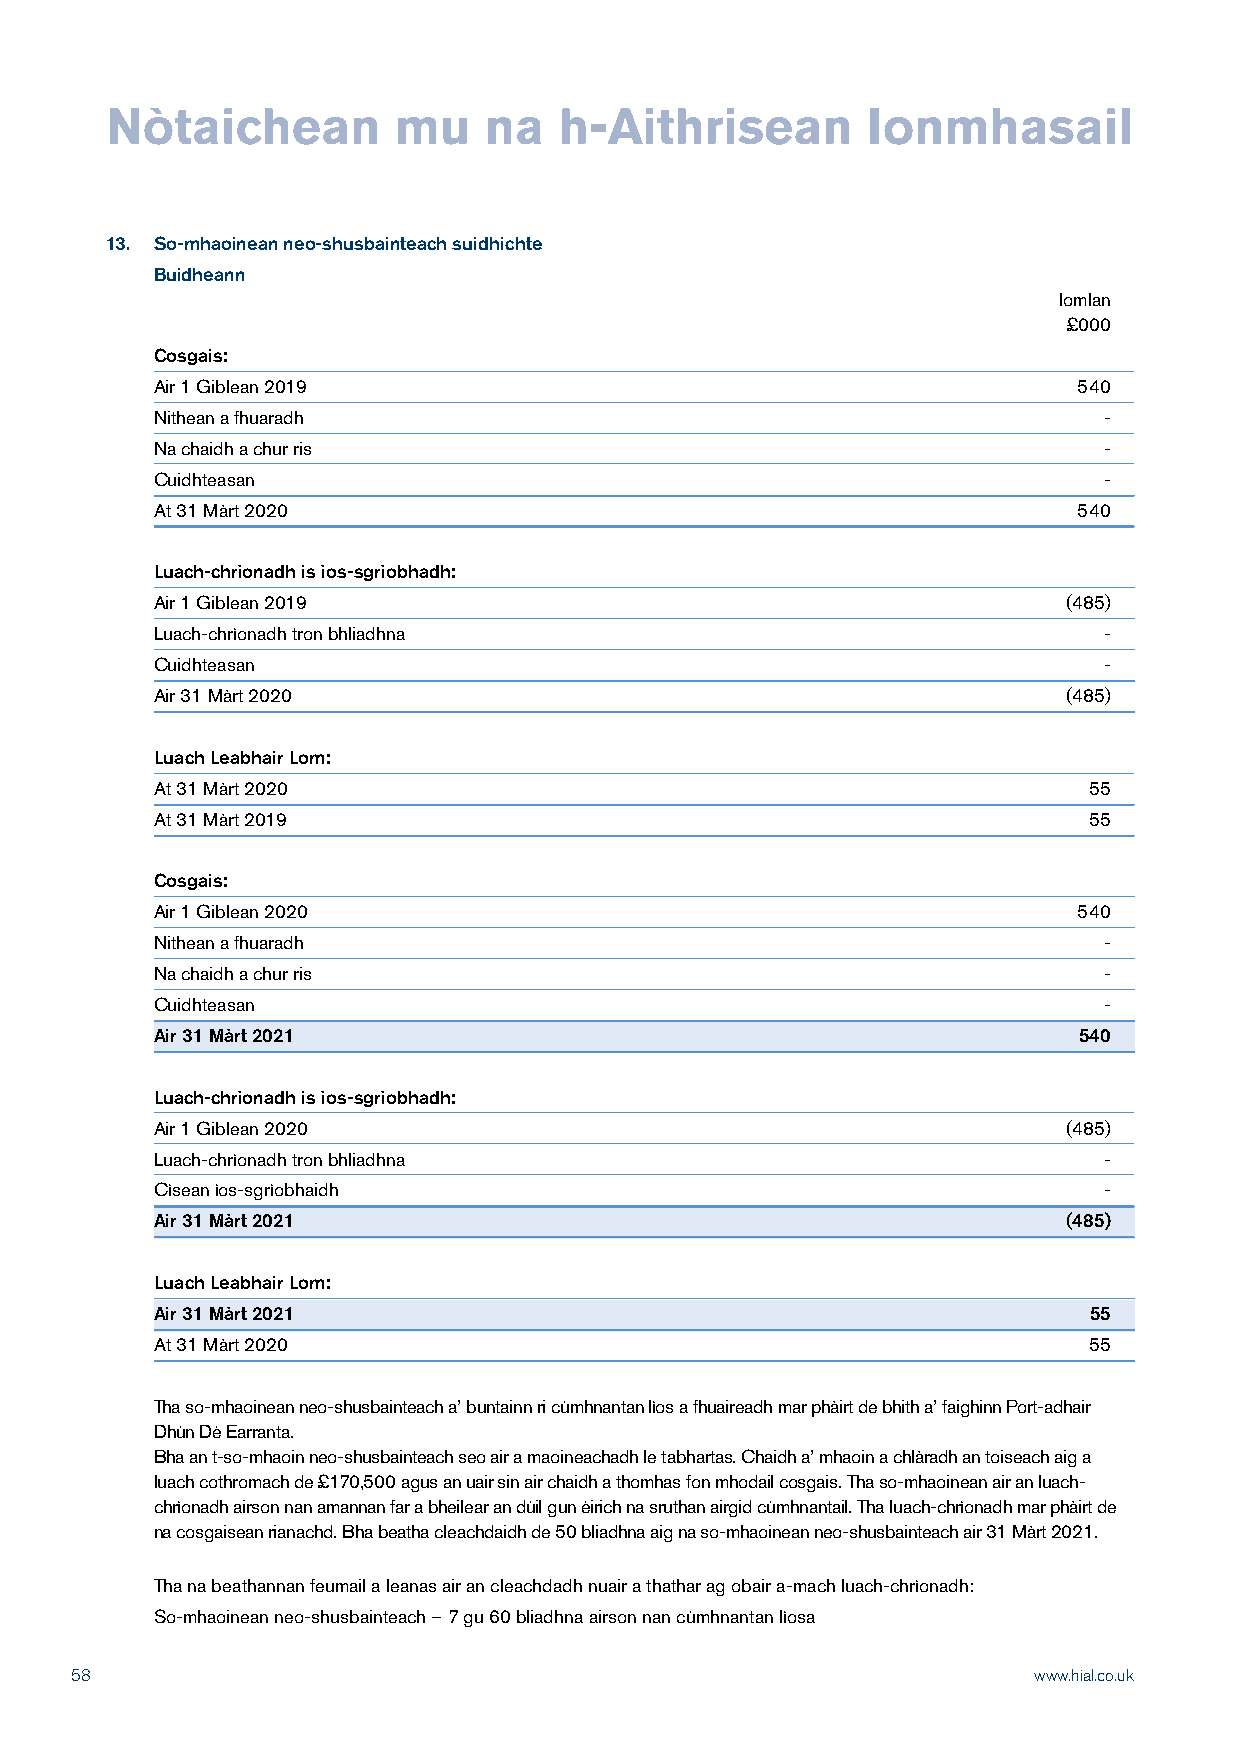
Nòtaichean         mu    na   h-Aithrisean        Ionmhasail
 13. So-mhaoinean neo-shusbainteach suidhichte
 Buidheann
 Iomlan
 £000
 Cosgais:
 Air 1 Giblean 2019                                           540
 Nithean a fhuaradh                                             -
 Na chaidh a chur ris                                           -
 Cuidhteasan                                                    -
 At 31 Màrt 2020                                              540
 Luach-chrìonadh is ìos-sgrìobhadh:
 Air 1 Giblean 2019                                           (485)
 Luach-chrìonadh tron bhliadhna                                 -
 Cuidhteasan                                                    -
 Air 31 Màrt 2020                                             (485)
 Luach Leabhair Lom:
 At 31 Màrt 2020                                               55
 At 31 Màrt 2019                                               55
 Cosgais:
 Air 1 Giblean 2020                                           540
 Nithean a fhuaradh                                             -
 Na chaidh a chur ris                                           -
 Cuidhteasan                                                    -
 Air 31 Màrt 2021                                             540
 Luach-chrìonadh is ìos-sgrìobhadh:
 Air 1 Giblean 2020                                           (485)
 Luach-chrìonadh tron bhliadhna                                 -
 Cìsean ìos-sgrìobhaidh                                         -
 Air 31 Màrt 2021                                             (485)
 Luach Leabhair Lom:
 Air 31 Màrt 2021                                              55
 At 31 Màrt 2020                                               55
 Tha so-mhaoinean neo-shusbainteach a’ buntainn ri cùmhnantan lìos a fhuaireadh mar phàirt de bhith a’ faighinn Port-adhair
 Dhùn Dè Earranta.
 Bha an t-so-mhaoin neo-shusbainteach seo air a maoineachadh le tabhartas. Chaidh a’ mhaoin a chlàradh an toiseach aig a
 luach cothromach de £170,500 agus an uair sin air chaidh a thomhas fon mhodail cosgais. Tha so-mhaoinean air an luach-
 chrìonadh airson nan amannan far a bheilear an dùil gun èirich na sruthan airgid cùmhnantail. Tha luach-chrìonadh mar phàirt de
 na cosgaisean rianachd. Bha beatha cleachdaidh de 50 bliadhna aig na so-mhaoinean neo-shusbainteach air 31 Màrt 2021.
 Tha na beathannan feumail a leanas air an cleachdadh nuair a thathar ag obair a-mach luach-chrìonadh:
 So-mhaoinean neo-shusbainteach – 7 gu 60 bliadhna airson nan cùmhnantan lìosa
 58                                                             www.hial.co.uk